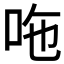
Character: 𠰹